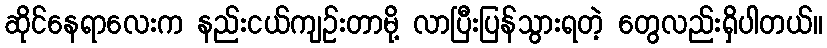
ဆိုင်နေရာလေးက နည်းငယ်ကျဉ်းတာမို့ လာပြီးပြန်သွားရတဲ့ တွေလည်းရှိပါတယ်။